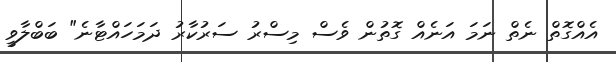
އެއްގޮތް ނެތް ނަމަ އަނެއް ގޮތުން ވެސް މިސްރު ސަރުކާރު ދަމަހައްޓާނެ" ބަބްލާވީ